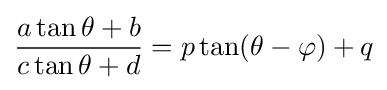
{\frac {a\tan \theta +b}{c\tan \theta +d}}=p\tan(\theta -\varphi )+q